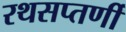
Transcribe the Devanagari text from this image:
रथसप्‍तर्णी